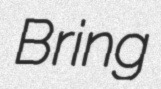
Bring